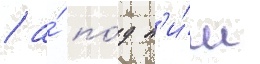
/ а́ по́д н'и́м